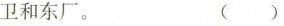
卫和东厂。 （）